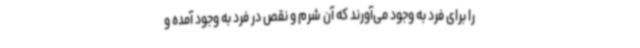
را برای فرد به وجود می‌آورند که آن شرم و نقص در فرد به وجود آمده و